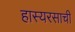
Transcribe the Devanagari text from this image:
हास्यरसाची